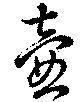
壺